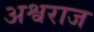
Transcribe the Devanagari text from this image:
अश्वराज